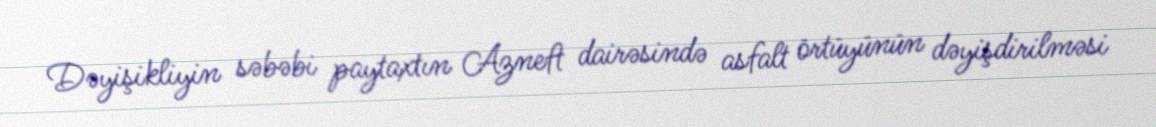
Dəyişikliyin səbəbi paytaxtın Azneft dairəsində asfalt örtüyünün dəyişdirilməsi